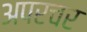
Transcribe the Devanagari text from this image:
अपरचर